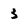
Character: 3